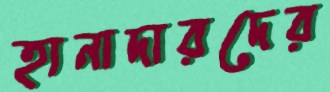
হানাদারদের